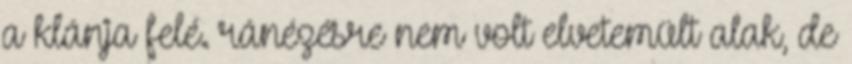
a klánja felé. ránézésre nem volt elvetemült alak, de